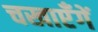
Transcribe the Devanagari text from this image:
चखाएँगें